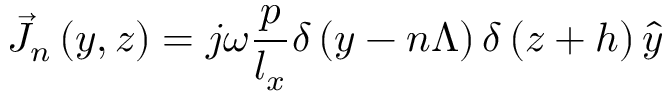
\vec { J } _ { n } \left( y , z \right) = j \omega \frac { p } { l _ { x } } \delta \left( y - n \Lambda \right) \delta \left( z + h \right) \hat { y }